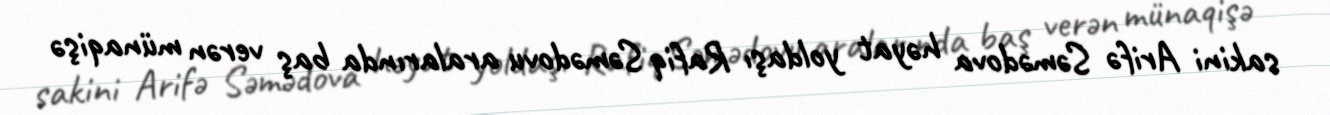
sakini Arifə Səmədova həyat yoldaşı Rafiq Səmədovu aralarında baş verən münaqişə